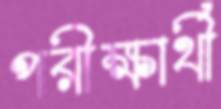
পরীক্ষার্থী